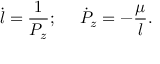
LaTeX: \dot { l } = \frac { 1 } { P _ { z } } ; ~ ~ ~ ~ \dot { P } _ { z } = - \frac \mu { l } .